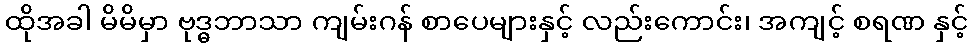
ထိုအခါ မိမိမှာ ဗုဒ္ဓဘာသာ ကျမ်းဂန် စာပေများနှင့် လည်းကောင်း၊ အကျင့် စရဏ နှင့်